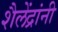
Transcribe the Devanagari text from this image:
शैलेंद्रांनी